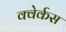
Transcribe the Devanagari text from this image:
क्वेर्कस